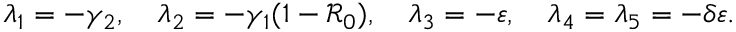
\lambda _ { 1 } = - \gamma _ { 2 } , \quad \lambda _ { 2 } = - \gamma _ { 1 } ( 1 - \mathcal { R } _ { 0 } ) , \quad \lambda _ { 3 } = - \varepsilon , \quad \lambda _ { 4 } = \lambda _ { 5 } = - \delta \varepsilon .